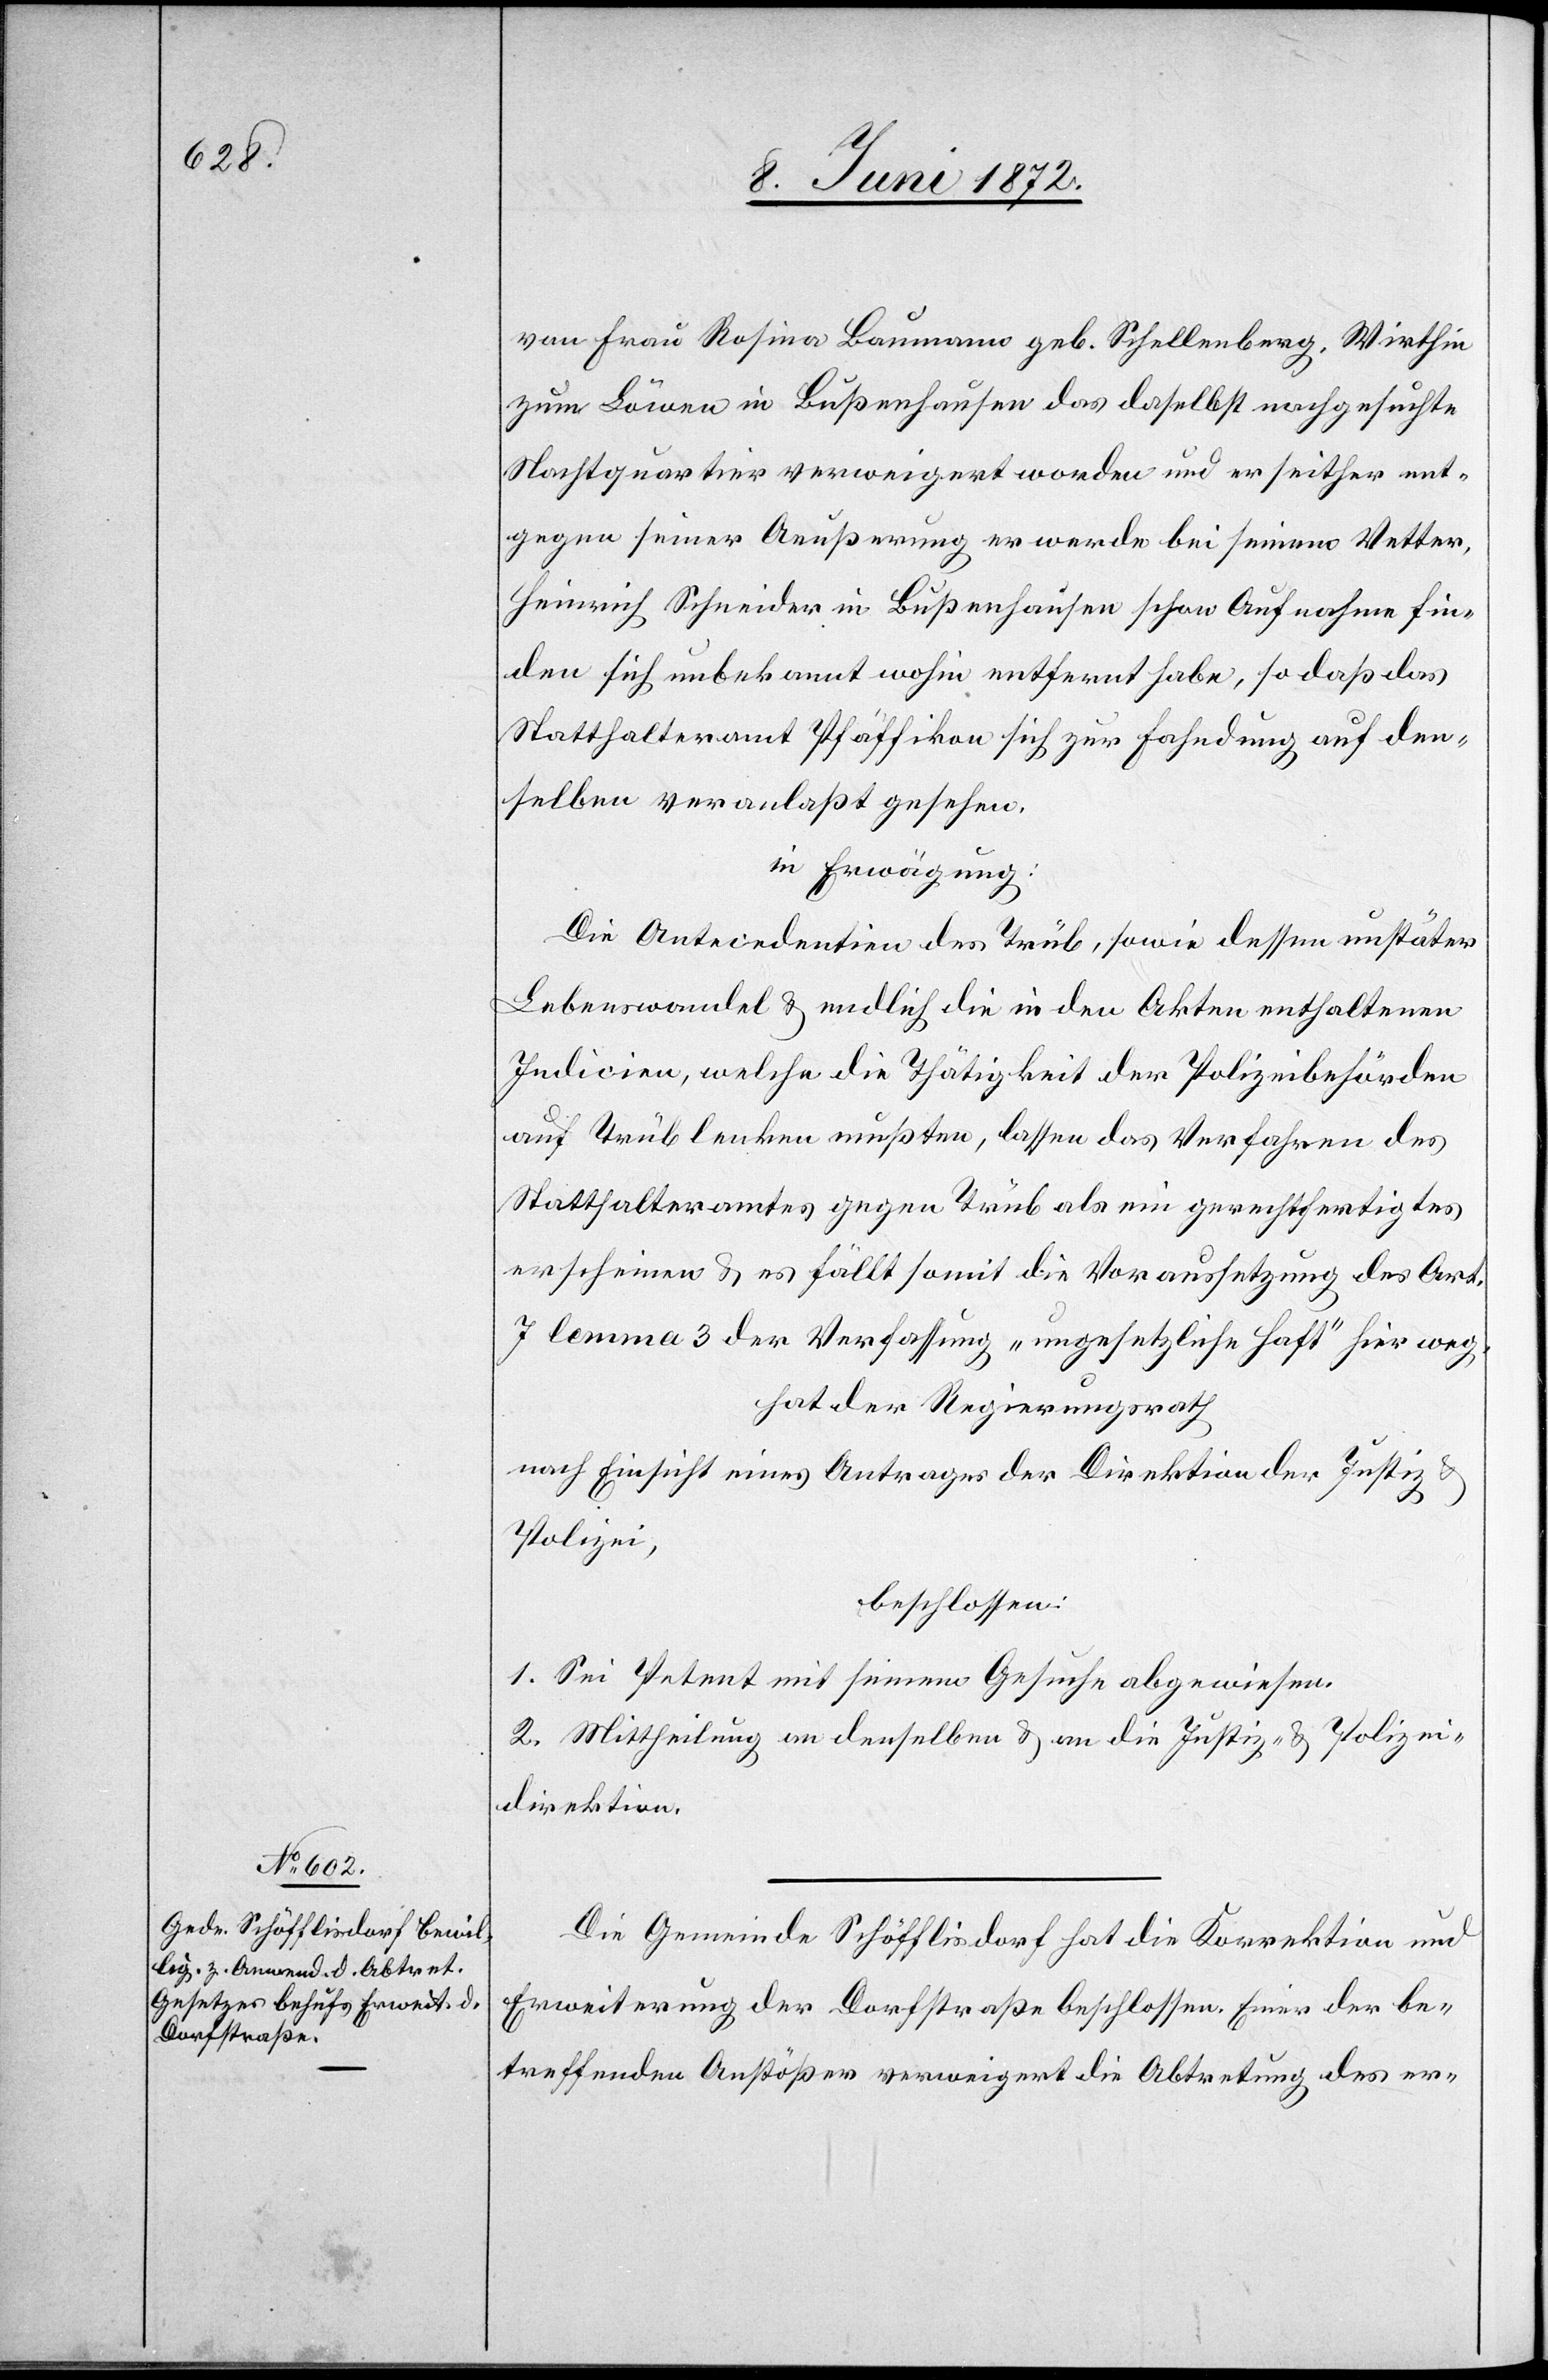
von Frau Rosina Baumann geb. Schellenberg, Wirthin
zum Löwen in Bußenhausen das daselbst nachgesuchte
Nachtquartier verweigert worden und er seither ent¬
gegen seiner Aeußerung[,] er werde bei seinem Vetter,
Heinrich Schneider in Bußenhausen schon Aufnahme fin¬
den[,] sich unbekannt wohin entfernt habe, so daß das
Statthalteramt Pfäffikon sich zur Fahndung auf den¬
selben veranlaßt gesehen.
in Erwägung:
Die Antecedentien des Trüb, sowie dessen unstäter
Lebenswandel u. endlich die in den Akten enthaltenen
Indicien, welche die Thätigkeit der Polizeibehörden
auf Trüb lenken mußten, lassen das Verfahren des
Statthalteramtes gegen Trüb als ein gerechtfertigtes
erscheinen u. es fällt somit die Voraussetzung des Art.
7 lemma 3 der Verfassung „ungesetzliche Haft“ hier weg.
hat der Regierungsrath
nach Einsicht eines Antrages der Direktion der Justiz u.
Polizei,
beschlossen:
1. Sei Petent mit seinem Gesuche abgewiesen.
2. Mittheilung an denselben u. an die Justiz- u. Polizei¬
direktion.
Die Gemeinde Schöfflisdorf hat die Korrektion und
Erweiterung der Dorfstraße beschlossen. Einer der be¬
treffenden Anstößer verweigert die Abtretung des er-